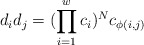
\begin{align*}d_i d_j =(\prod_{i=1}^w c_i)^N c_{\phi(i,j)}\end{align*}